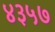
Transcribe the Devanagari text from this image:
४३५७